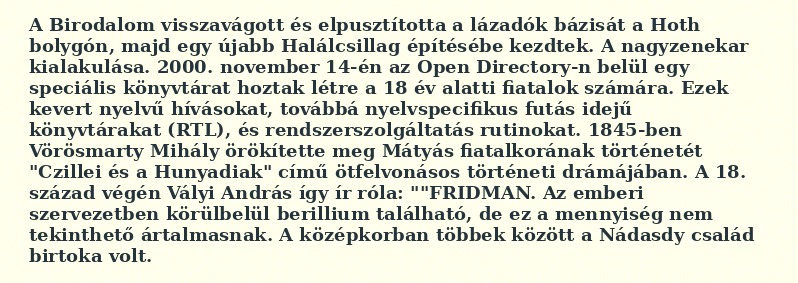
A Birodalom visszavágott és elpusztította a lázadók bázisát a Hoth bolygón, majd egy újabb Halálcsillag építésébe kezdtek. A nagyzenekar kialakulása. 2000. november 14-én az Open Directory-n belül egy speciális könyvtárat hoztak létre a 18 év alatti fiatalok számára. Ezek kevert nyelvű hívásokat, továbbá nyelvspecifikus futás idejű könyvtárakat (RTL), és rendszerszolgáltatás rutinokat. 1845-ben Vörösmarty Mihály örökítette meg Mátyás fiatalkorának történetét "Czillei és a Hunyadiak" című ötfelvonásos történeti drámájában. A 18. század végén Vályi András így ír róla: ""FRIDMAN. Az emberi szervezetben körülbelül berillium található, de ez a mennyiség nem tekinthető ártalmasnak. A középkorban többek között a Nádasdy család birtoka volt.